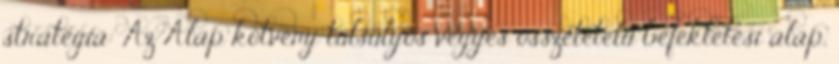
stratégia: Az Alap kötvény túlsúlyos vegyes összetételű befektetési alap,